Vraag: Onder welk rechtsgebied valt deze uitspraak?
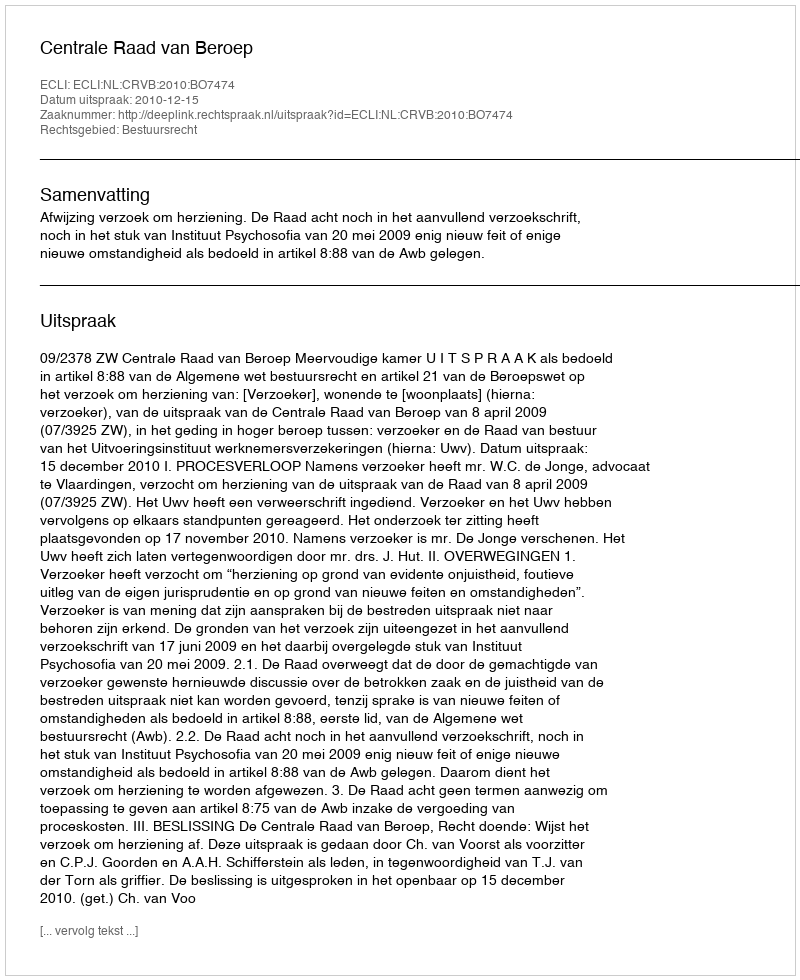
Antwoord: Bestuursrecht